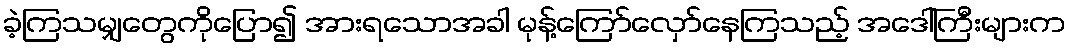
ခဲ့ကြသမျှတွေကိုပြော၍ အားရသောအခါ မုန့်ကြော်လှော်နေကြသည့် အဒေါ်ကြီးများက